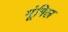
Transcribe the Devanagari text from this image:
मूंगिल